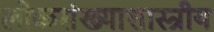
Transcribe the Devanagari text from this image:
लोकसंख्याशास्त्रीय